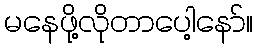
မနေဖို့လိုတာပေါ့နော်။